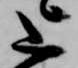
上